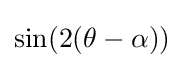
\sin(2(\theta -\alpha ))